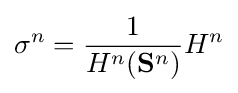
\sigma ^{n}={\frac {1}{H^{n}(\mathbf {S} ^{n})}}H^{n}